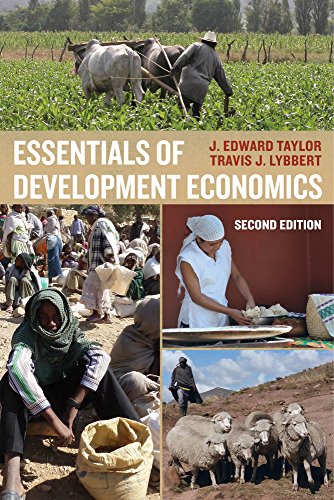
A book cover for Essentials of Development Economics; J. Edward Taylor; Business & Money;